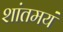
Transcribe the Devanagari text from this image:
शांतमयं